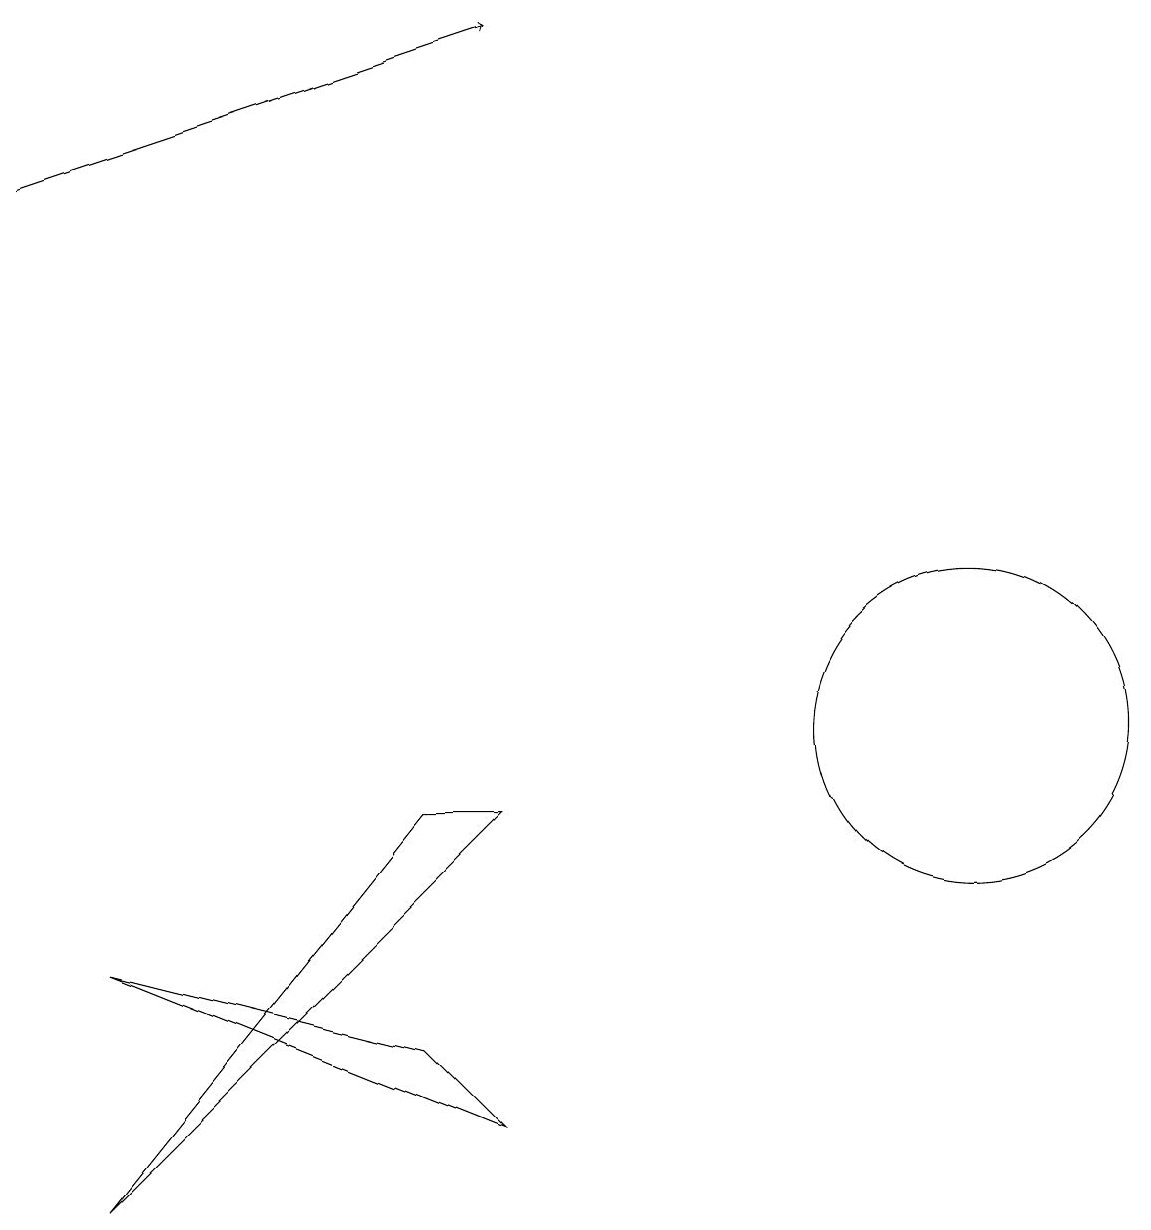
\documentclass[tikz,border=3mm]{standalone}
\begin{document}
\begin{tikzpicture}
\draw (5,6) -- (1,7) -- (6,5) -- cycle;
\draw[->] (0,17) -- (6,19);
\draw (12,10) circle (2);
\draw (1,4) -- (6,9) -- (5,9) -- cycle;
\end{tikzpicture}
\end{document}